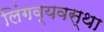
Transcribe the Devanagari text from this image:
लिंगव्यवस्था